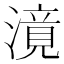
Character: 𣽾